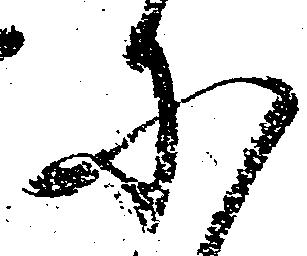
に